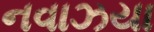
નવાઝયા